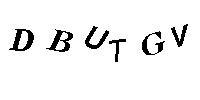
DBUTGV